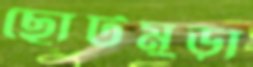
ছোটমুড়া